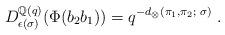
LaTeX: \begin{align*}D^{\mathbb{Q}(q)}_{\epsilon(\sigma)}(\Phi(b_2b_1))=q^{-d_\otimes (\pi_1,\pi_2;\; \sigma)}\;.\end{align*}